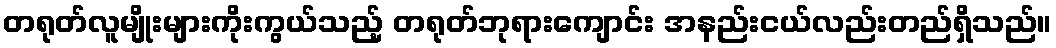
တရုတ်လူမျိုးများကိုးကွယ်သည့် တရုတ်ဘုရားကျောင်း အနည်းငယ်လည်းတည်ရှိသည်။